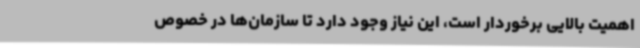
اهمیت بالایی برخوردار است، این نیاز وجود دارد تا سازمان‌ها در خصوص